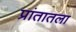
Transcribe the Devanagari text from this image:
प्रांतातला